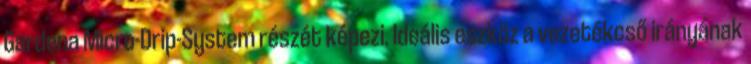
Gardena Micro-Drip-System részét képezi. Ideális eszköz a vezetékcső irányának